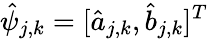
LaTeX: \hat{\psi}_{j,k}=[\hat{a}_{j,k},\hat{b}_{j,k}]^{T}